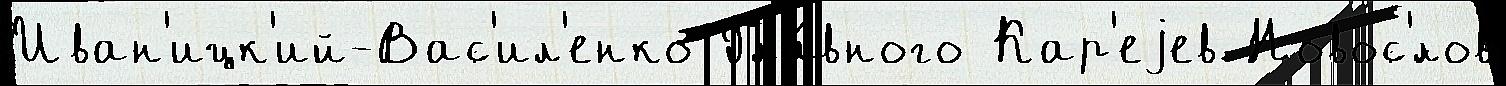
Иван'ицк'ий-Вас'ил'енко Гла́вного Кар'еjев Новос'́лов